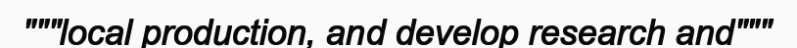
"""local production, and develop research and"""